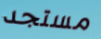
مستجد